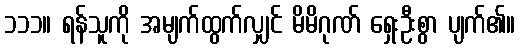
၁၁၁။ ရန်သူကို အမျက်ထွက်လျှင် မိမိဂုဏ် ရှေးဦးစွာ ပျက်၏။